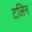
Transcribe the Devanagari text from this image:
टलिन